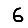
Digit: 6